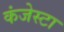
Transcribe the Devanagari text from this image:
कंजेस्टा